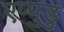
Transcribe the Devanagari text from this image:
एप्पुडु